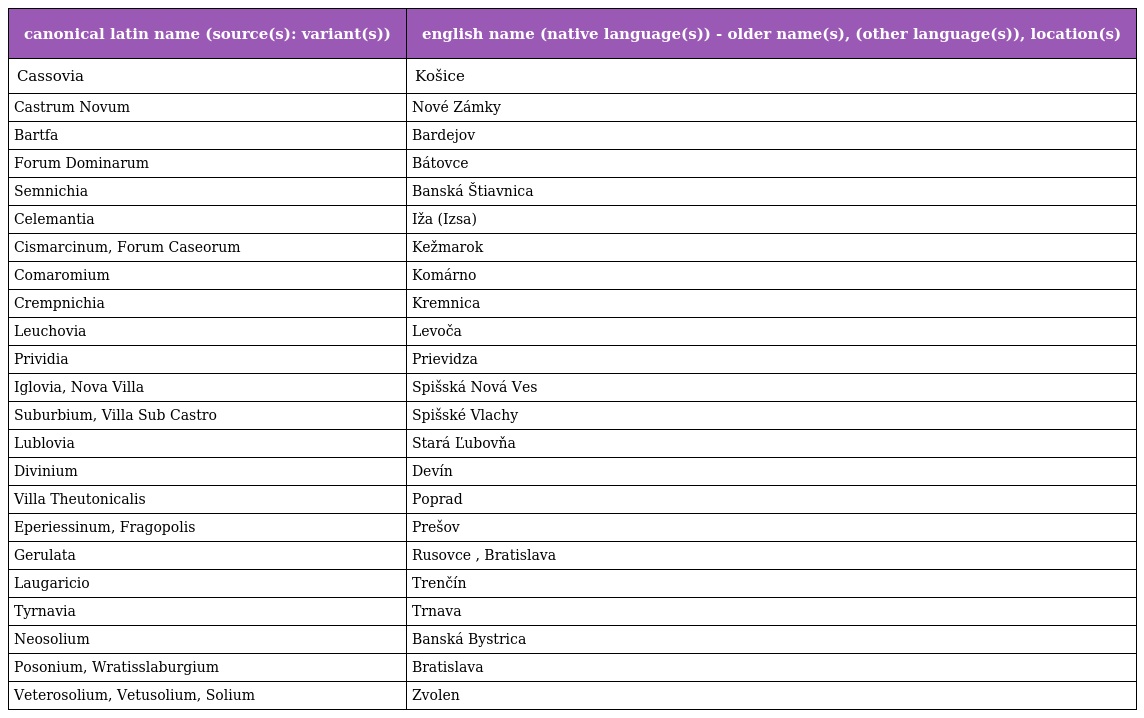
| canonical latin name (source(s): variant(s)) | english name (native language(s)) - older name(s), (other language(s)), location(s) |
 | --- | --- |
 | Cassovia | Košice |
 | Castrum Novum | Nové Zámky |
 | Bartfa | Bardejov |
 | Forum Dominarum | Bátovce |
 | Semnichia | Banská Štiavnica |
 | Celemantia | Iža (Izsa) |
 | Cismarcinum, Forum Caseorum | Kežmarok |
 | Comaromium | Komárno |
 | Crempnichia | Kremnica |
 | Leuchovia | Levoča |
 | Prividia | Prievidza |
 | Iglovia, Nova Villa | Spišská Nová Ves |
 | Suburbium, Villa Sub Castro | Spišské Vlachy |
 | Lublovia | Stará Ľubovňa |
 | Divinium | Devín |
 | Villa Theutonicalis | Poprad |
 | Eperiessinum, Fragopolis | Prešov |
 | Gerulata | Rusovce , Bratislava |
 | Laugaricio | Trenčín |
 | Tyrnavia | Trnava |
 | Neosolium | Banská Bystrica |
 | Posonium, Wratisslaburgium | Bratislava |
 | Veterosolium, Vetusolium, Solium | Zvolen |